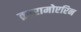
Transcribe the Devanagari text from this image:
क़ारामोएरिन